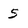
Character: 5